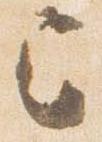
已